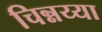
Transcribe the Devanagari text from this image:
चिन्नय्या